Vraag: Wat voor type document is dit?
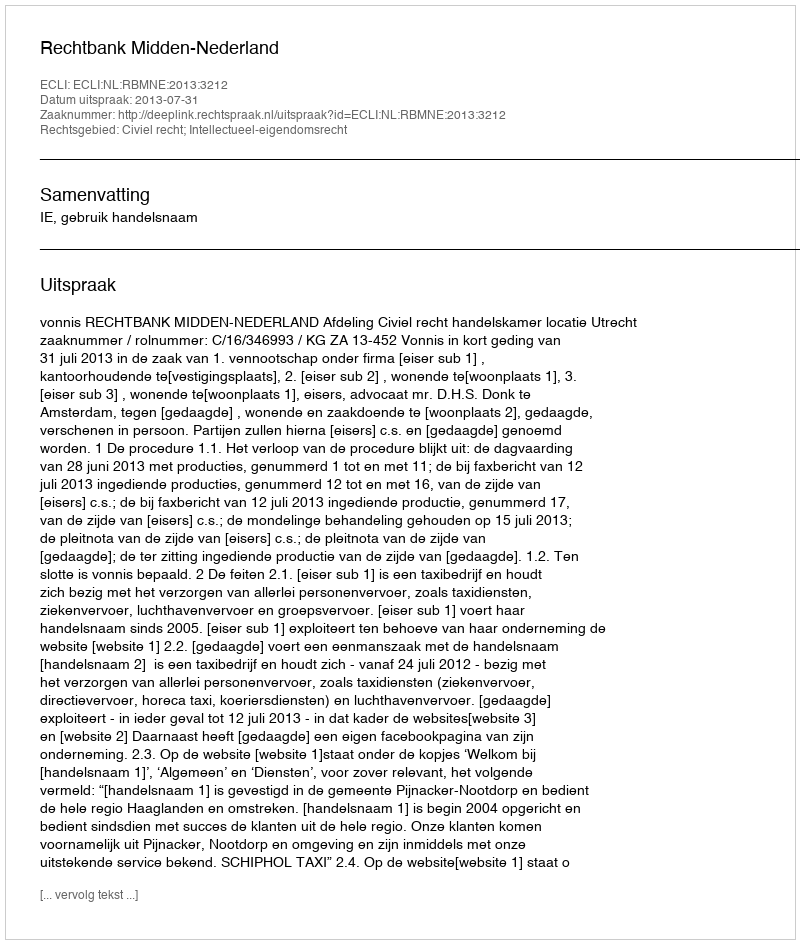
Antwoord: Uitspraak